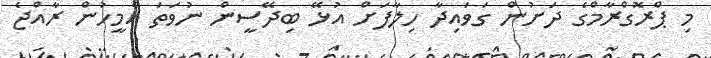
މި ޕްރޮގްރާމްގެ ދަށުން ގަވައިދާ ހިލާފަށް އުޅޭ ބިދޭސީން ނުވަތަ އެމީހުން ރާއްޖެ